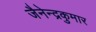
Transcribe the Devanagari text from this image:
जैनेन्द्रकुमार